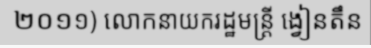
២០១១) លោកនាយករដ្ឋមន្ត្រី ង្វៀនតឹន